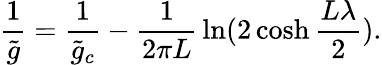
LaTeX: {\frac{1}{\tilde{g}}}={\frac{1}{\tilde{g}_{c}}}-{\frac{1}{2\pi L}}\ln(2\cosh{\frac{L\lambda}{2}}).